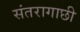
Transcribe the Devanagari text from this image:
संतरागाछी